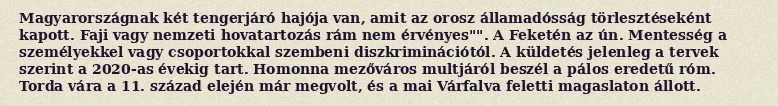
Magyarországnak két tengerjáró hajója van, amit az orosz államadósság törlesztéseként kapott. Faji vagy nemzeti hovatartozás rám nem érvényes"". A Feketén az ún. Mentesség a személyekkel vagy csoportokkal szembeni diszkriminációtól. A küldetés jelenleg a tervek szerint a 2020-as évekig tart. Homonna mezőváros multjáról beszél a pálos eredetű róm. Torda vára a 11. század elején már megvolt, és a mai Várfalva feletti magaslaton állott.